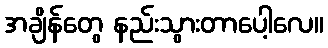
အချိန်တွေ နည်းသွားတာပေါ့လေ။